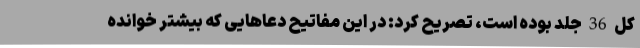
کل 36 جلد بوده است، تصریح کرد: در این مفاتیح دعاهایی که بیشتر خوانده